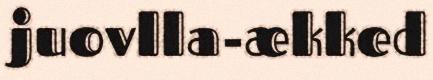
juovlla-ækked